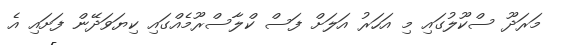
މަރަދޫ ސްކޫލުގައި މި އަހަރު އަލަށް ފަސް ކްލާސްރޫމެއްގައި ކިޔަވަދޭން ފަށައި އެ